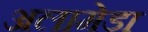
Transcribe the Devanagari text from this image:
अलामेडा